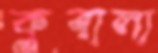
কুবালা